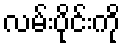
လမ်းပိုင်းကို